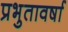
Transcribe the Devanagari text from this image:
प्रभुतावर्षा